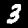
Digit: 3